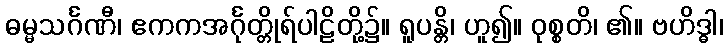
ဓမ္မသင်္ဂဏီ၊ ဧကကအင်္ဂုတ္တိုရ်ပါဠိတို့၌။ ရူပန္တိ၊ ဟူ၍။ ဝုစ္စတိ၊ ၏။ ဗဟိဒ္ဓါ၊